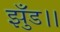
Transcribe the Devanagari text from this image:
झुँड।।